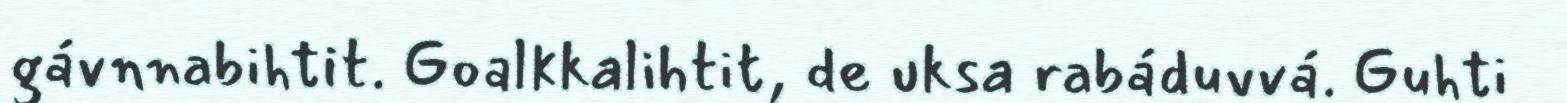
gávnnabihtit. Goalkkalihtit, de uksa rabáduvvá. Guhti